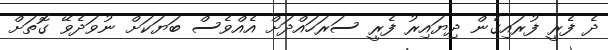
ދެ ފެރީ ފުރައިގެން ދިޔައިރު ފެރީ ސަރަހައްދަށް އެއްވެސް ބަޔަކަށް ނުވަދެވޭ ގޮތަށް